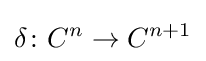
\delta \colon C^{n}\to C^{n+1}